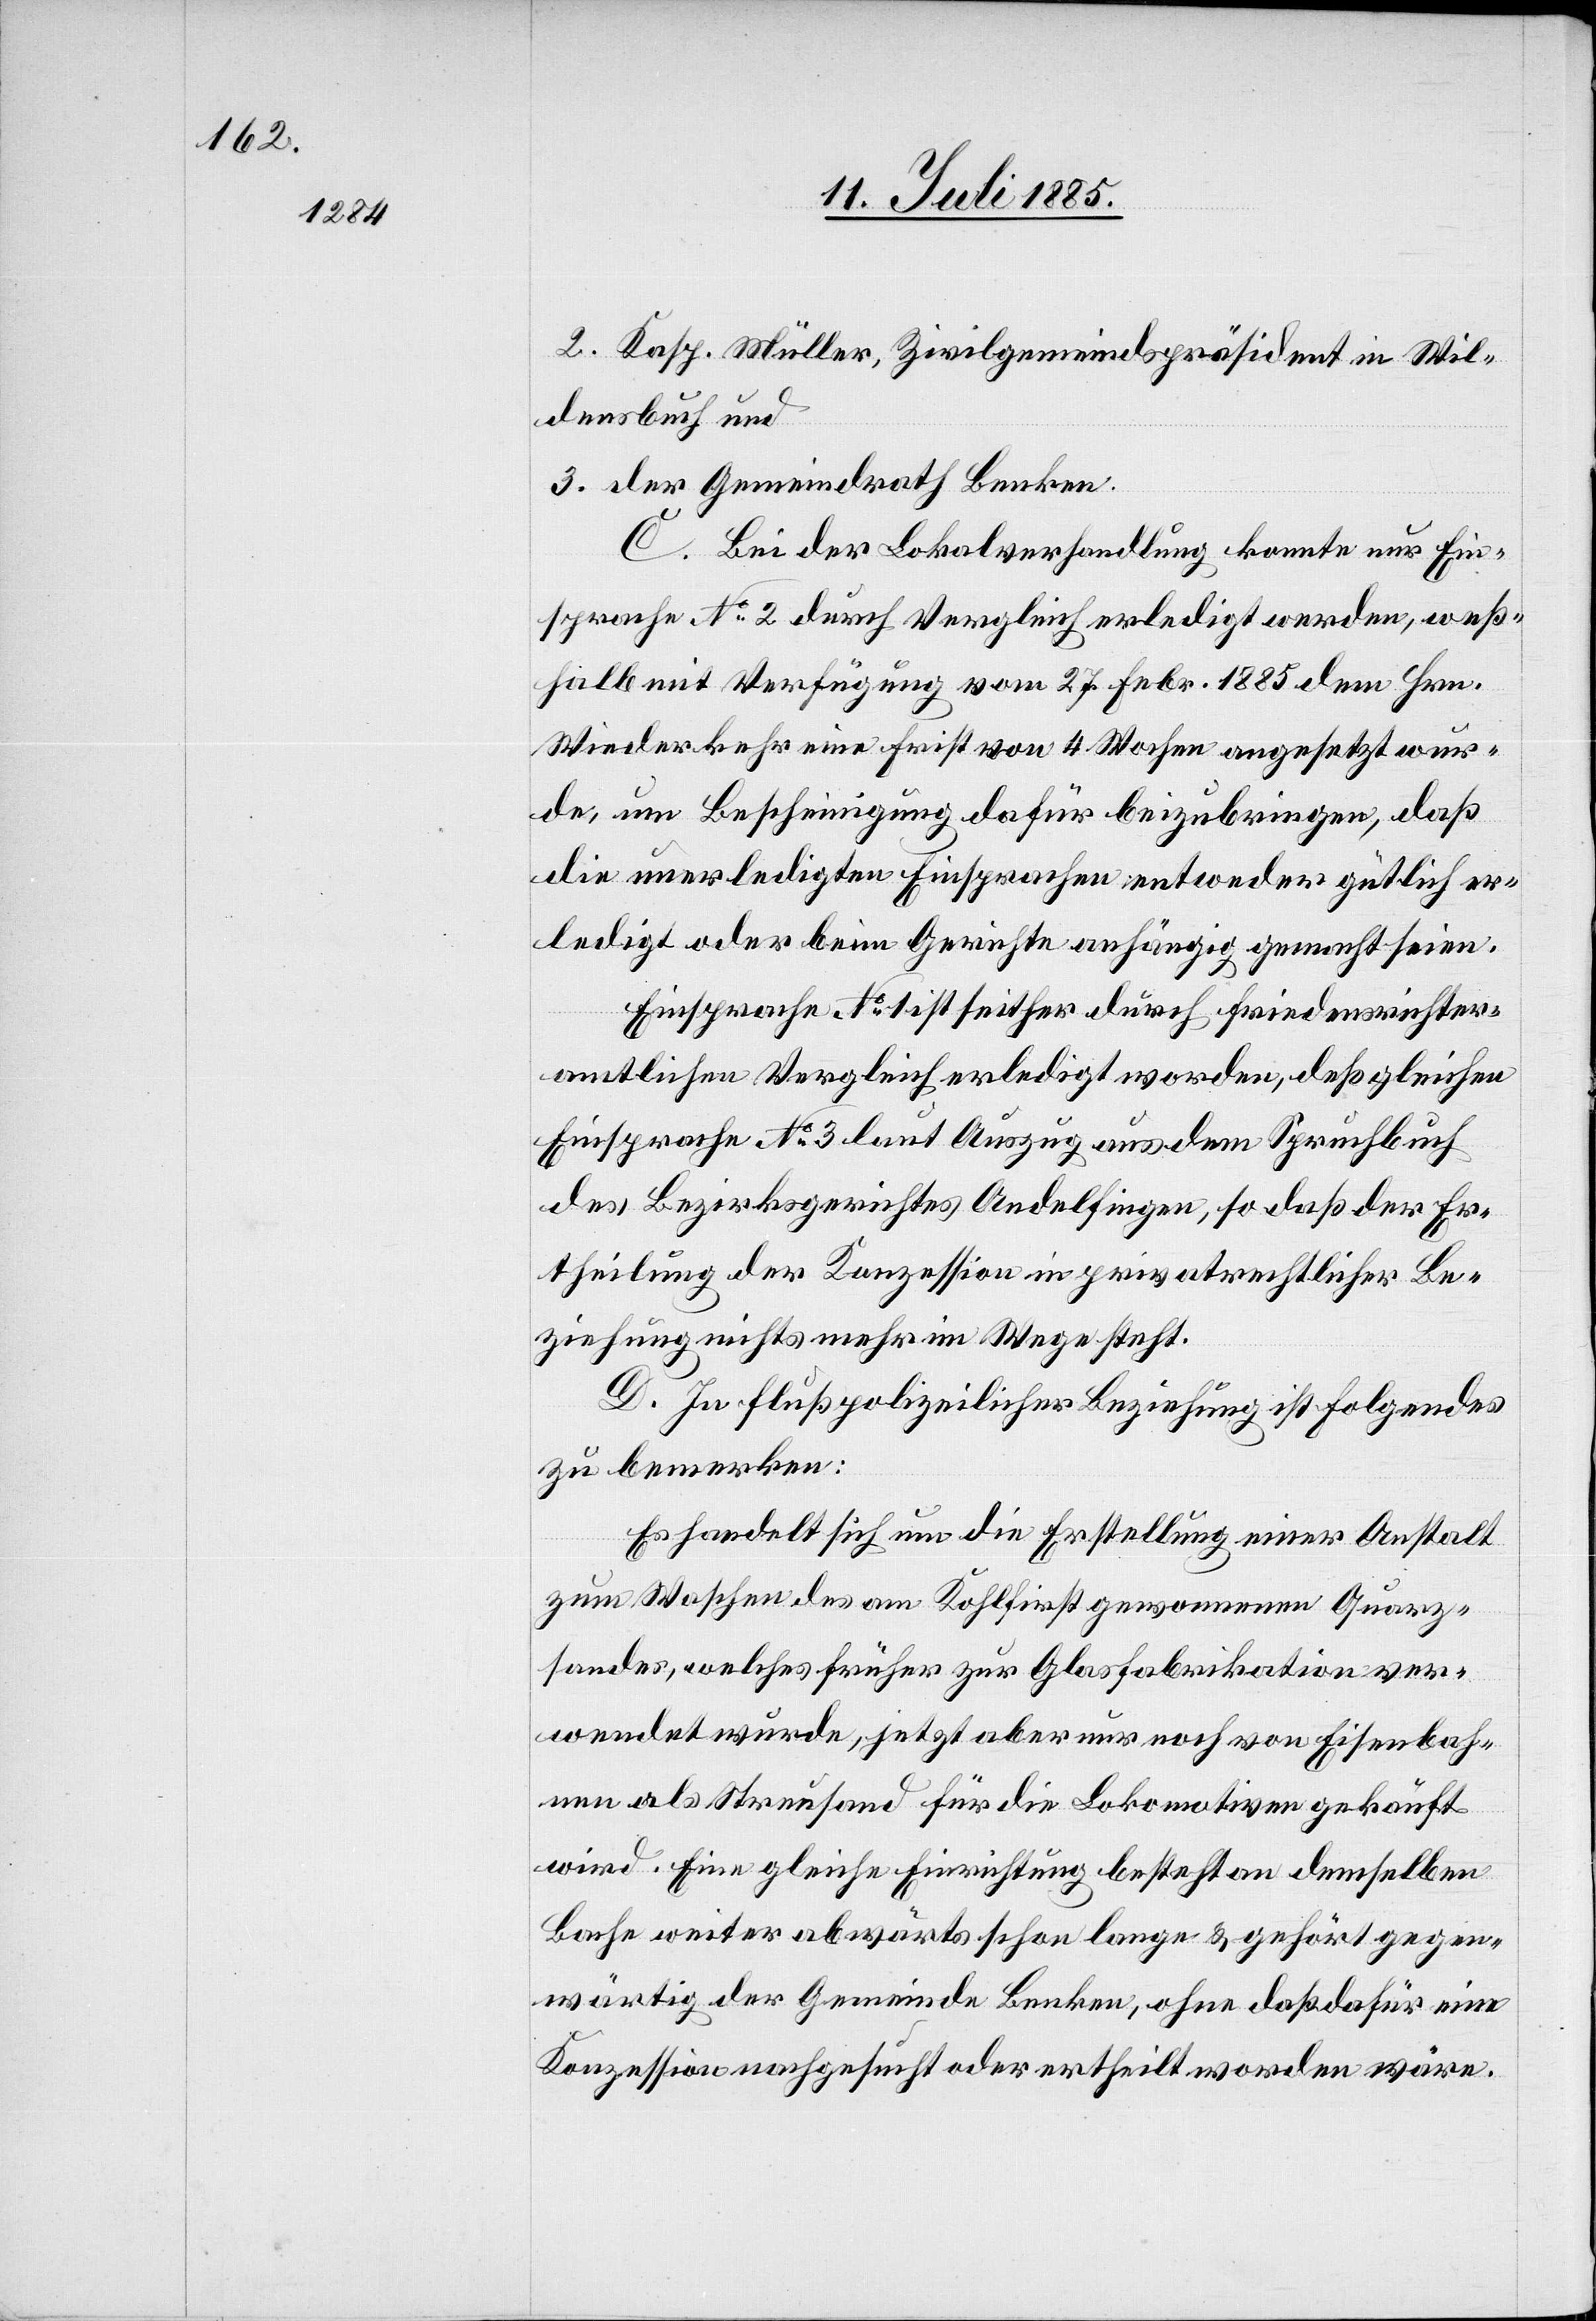
2. Kasp. Müller, Zivilgemeindepräsident in Wil¬
densbuch und
3. der Gemeindrath Benken.
C. Bei der Lokalverhandlung konnte nur Ein¬
sprach No 2 durch Vergleich erledigt werden, weß¬
halb mit Verfügung vom 27. Febr. 1885 dem Hrn.
Wiederkehr eine Frist von 4 Wochen angesetzt wur¬
de, um Bescheinigung dafür beizubringen, daß
die unerledigten Einsprachen entweder gütlich er¬
ledigt oder beim Gerichte anhängig gemacht seien.
Einsprache No 1 ist seither durch friedensrichter¬
amtlichen Vergleich erledigt worden, deßgleichen
Einsprache No 3 laut Auszug aus dem Spruchbuch
des Bezirksgerichtes Andelfingen, so daß der Er¬
theilung der Konzession in privatrechtlicher Be¬
ziehung nichts mehr im Wege steht.
D. In flußpolizeilicher Beziehung ist Folgendes
zu bemerken:
Es handelt sich um die Erstellung einer Anstalt
zum Waschen des am Kohlfirst gewonnenen Quarz¬
sandes, welches früher zur Glasfabrikation ver¬
wendet wurde, jetzt aber nur noch von Eisenbah¬
nen als Streusand für die Lokomotiven gekauft
wird. Eine gleiche Einrichtung besteht an demselben
Bache weiter abwärts schon lange & gehört gegen¬
wärtig der Gemeinde Benken, ohne daß dafür eine
Konzession nachgesucht oder ertheilt worden wäre.